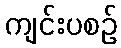
ကျင်းပစဉ်